Annual report of the Imperial Bacteriologist
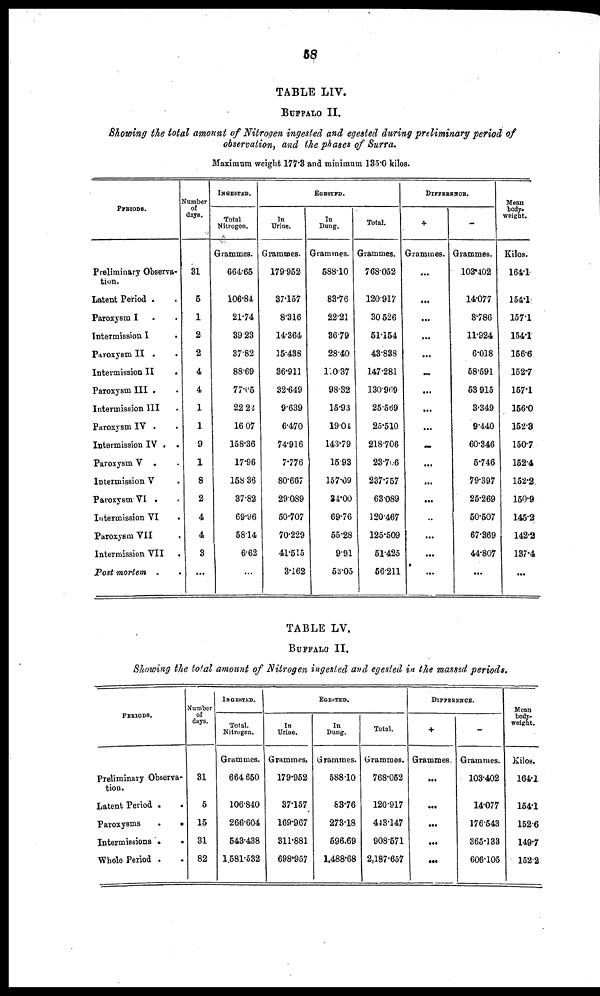
58
TABLE LIV.
BUFFALO II.
Showing the total amount of Nitrogen ingested and egested during preliminary period of
observation, and the phases of Surra.
Maximum weight 177.3 and minimum 135.0 kilos.
PERIODS.
Number
of
days.
Preliminary Observa-
tion.
Latent Period .
Paroxysm I .
Intermission I
Paroxysm II .
Intermission II
Paroxysm III .
Intermission III
Paroxysm IV .
Intermission IV .
Paroxysm V .
Intermission V
PavoxysmVI .
Intermission VI
Paroxysm VII
Intermission VII
Post mortem .
.
.
.
.
.
.
.
.
.
.
.
.
.
.
.
.
31
5
1
2
2
4
4
1
1
9
1
8
2
4
4
3
...
INGESTED.
Total
Nitrogen.
Grammes.
664.65
106.84
21.74
39.23
37.82
88.69
77.05
22.22
16.07
158.36
17.96
158.36
37.82
69.96
58.14
6.62
...
In
Urine.
Grammes.
179.952
37.157
8.316
14.364
15.438
36.911
32.649
9.639
6.470
74.916
7.776
80.667
29.089
50.707
70.229
41.515
3.162
EGESTED.
In
Dung.
Grammes.
588.10
83.76
22.21
36.79
28.40
110.37
98.32
15.93
19.04
143.79
15.93
157.09
34.00
69.76
55.28
9.91
53.05
Total.
Grammes.
768.052
120.917
30.526
51.154
43.838
147.281
130.969
25.569
25.510
218.706
23.706
237.757
63.089
120.467
125.509
51.425
56.211
DIFFERENCE.
+
Grammes.
...
...
...
...
...
...
...
...
...
...
...
...
...
...
...
...
...
-
Grammes.
103.402
14.077
8.786
11.924
6.018
58.591
53.915
3.349
9.440
60.346
5.746
79.397
25.269
50.507
67.369
44.807
...
Mean
body¬
weight.
Kilos.
164.1
154.1
157.1
154.1
156.6
152.7
157.1
156.0
152.3
150.7
152.4
152.2
150.9
145.2
142.2
137.4
...
TABLE LV.
BUFFALO II.
Showing the total amount of Nitrogen ingested and egested in the massed periods.
PERIODS.
Preliminary Observa-
tion.
Latent Period .
.
Paroxysms
.
.
Intermissions .
.
Whole Period . .
Number
of
days.
31
5
15
31
82
INGESTED.
Total.
Nitrogen.
Grammes.
664.650
106.840
266.604
543.438
1.581.532
In
Urine.
Grammes.
179.952
37.157
169.967
311.881
698.957
EGESTED
In
Dung.
Grammes.
588.10
83.76
273.18
596.69
1.488.68
Total.
Grammes.
768.052
120.917
443.147
908.571
2,187.657
DIFFERENCE.
+
Grammes.
...
...
...
...
...
.
Grammes.
103.402
14.077
176.543
365.133
606.105
Mean
body.
weight.
Kilos.
164.1
154.1
152.6
149.7
152.2